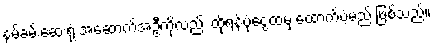
နမ့်ခမ်းဆေးရုံ အဆောက်အဦကိုလည်း ထိုရန်ပုံငွေထံမှ ထောက်ပံ့မည် ဖြစ်သည်။